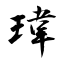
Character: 瑋